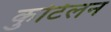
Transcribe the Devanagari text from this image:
कुटिलन